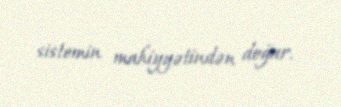
sistemin mahiyyətindən doğur.